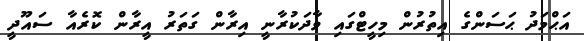
އަޙްމަދު ޙަސަންގެ އިތުރުން މިހީޓްގައި ވާދަކުރާނީ އިރާން ގަތަރު އީރާން ކޮރެއާ ސައޫދީ